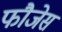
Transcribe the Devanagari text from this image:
फौजेस